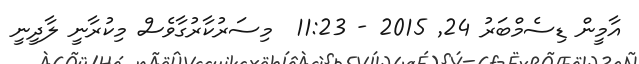
އާމީން ޑިސެމްބަރު 24